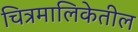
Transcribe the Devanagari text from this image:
चित्रमालिकेतील